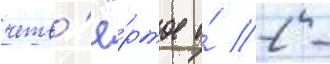
четв'ё́ртое и́ 2 -